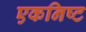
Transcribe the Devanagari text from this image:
एकनिष्ट